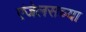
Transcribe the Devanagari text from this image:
एंजेलसच्या